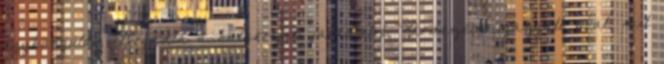
egyhangúlag elfogadta a határozati javaslatot. Kérdezem igazgató urat, mit